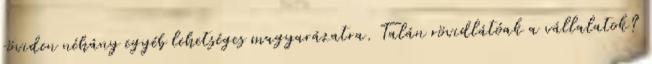
röviden néhány egyéb lehetséges magyarázatra. Talán rövidlátóak a vállalatok?